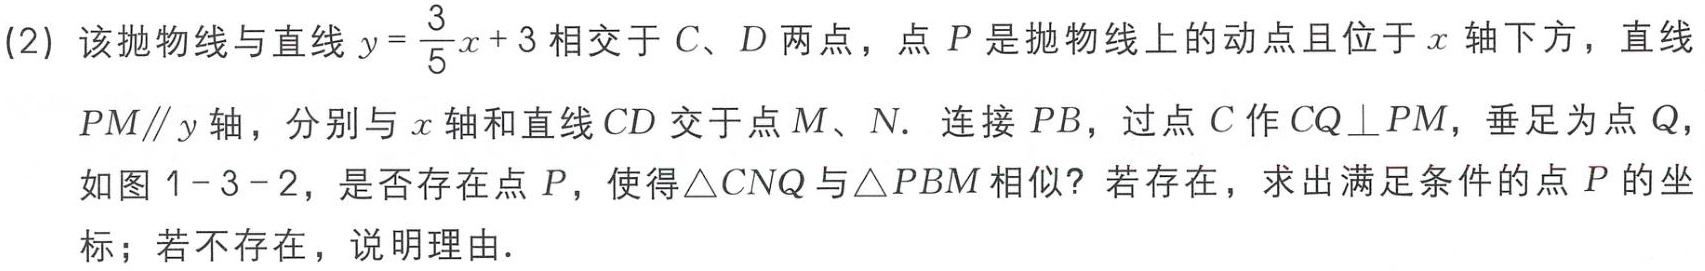
(2) 该抛物线与直线 \(y = \frac{3}{5}x + 3\) 相交于 \(C、D\) 两点，点 \(P\) 是抛物线上的动点且位于 \(x\) 轴下方，直线 \(PM\parallel y\) 轴，分别与 \(x\) 轴和直线 \(CD\) 交于点 \(M、N\). 连接 \(PB\)，过点 \(C\) 作 \(CQ\perp PM\)，垂足为点 \(Q\)，如图 \(1 - 3 - 2\)，是否存在点 \(P\)，使得\(\triangle CNQ\) 与 \(\triangle PBM\) 相似？若存在，求出满足条件的点 \(P\) 的坐标；若不存在，说明理由．